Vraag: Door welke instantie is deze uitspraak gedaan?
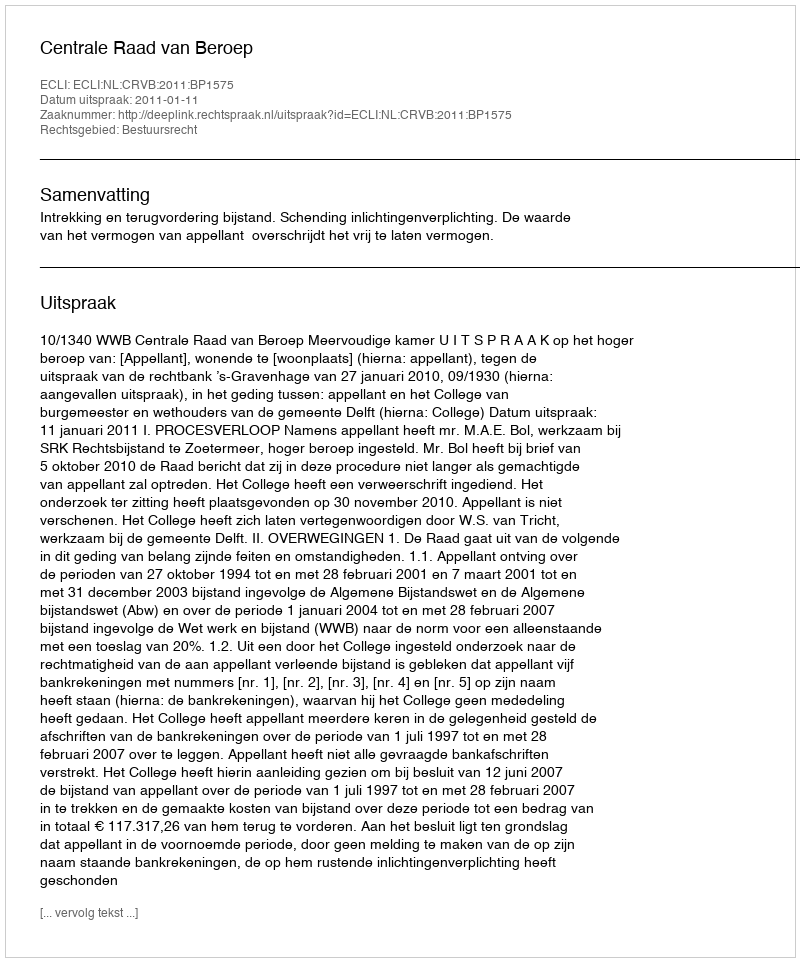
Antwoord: Centrale Raad van Beroep